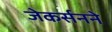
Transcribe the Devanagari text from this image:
जेकर्सनने